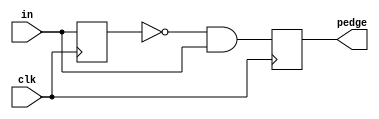
module top_module (
    input clk,
    input [7:0] in,
    output reg [7:0] pedge
);

//  pedge01
//  ~pedge(x)in(x)

//&&&
    //
    reg [7:0]q;
    always@(posedge clk)begin
        q <= in;   //q
        pedge <= ~q & in;   //01
    end


endmodule